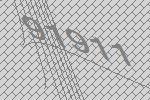
91911